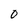
Character: 0